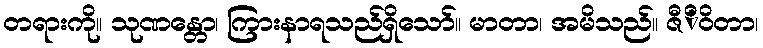
တရားကို။ သုဏန္တော၊ ကြားနာရသည်ရှိသော်။ မာတာ၊ အမိသည်။ ဇီိဝိတာ၊